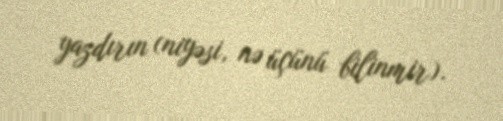
yazdırın (niyəsi, nə üçünü bilinmir).